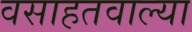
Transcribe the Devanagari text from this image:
वसाहतवाल्या